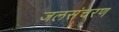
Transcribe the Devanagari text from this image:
जलसंचरण